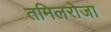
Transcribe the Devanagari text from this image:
तमिलरोजा